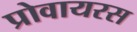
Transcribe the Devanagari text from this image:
प्रोवायरस